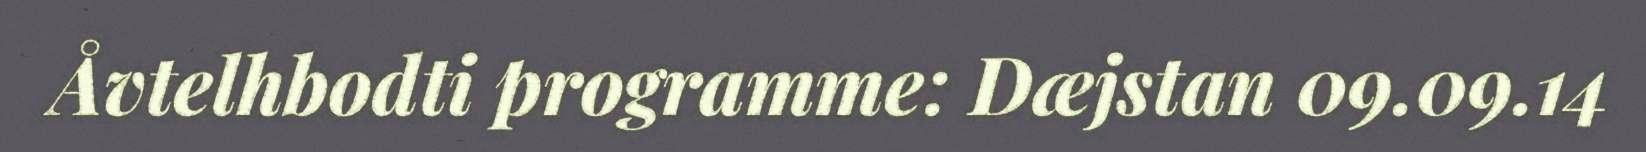
Åvtelhbodti programme: Dæjstan 09.09.14